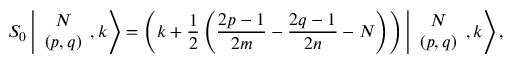
S _ { 0 } \left\vert \begin{array} { c } { { N } } \\ { { ( p , q ) } } \end{array} , k \right> = \left( k + \displaystyle \frac { 1 } { 2 } \left( \frac { 2 p - 1 } { 2 m } - \frac { 2 q - 1 } { 2 n } - N \right) \right) \left\vert \begin{array} { c } { { N } } \\ { { ( p , q ) } } \end{array} , k \right> ,